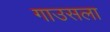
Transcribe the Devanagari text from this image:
गाउसला